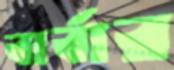
বার্বার